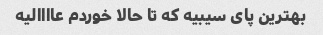
بهترین پای سیبیه که تا حالا خوردم عاااالیه